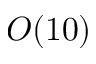
O ( 1 0 )